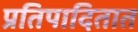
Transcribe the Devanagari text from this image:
प्रतिपादितात